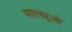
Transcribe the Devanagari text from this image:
मारक्यूजो